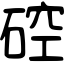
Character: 硿